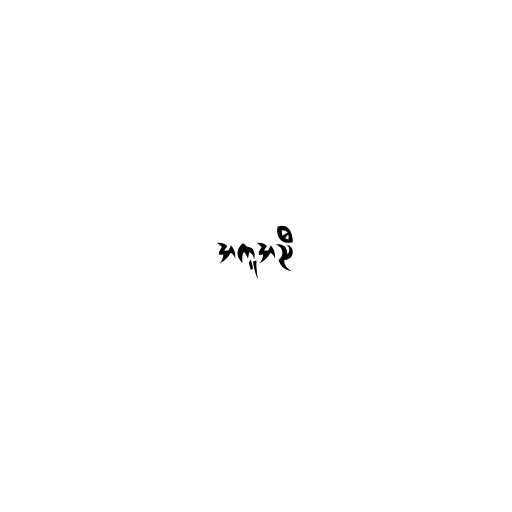
အကူအညီ